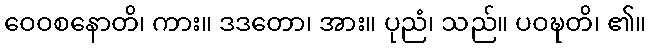
ဝေဝစနောတိ၊ ကား။ ဒဒတော၊ အား။ ပုညံ၊ သည်။ ပဝဍ္ဎတိ၊ ၏။